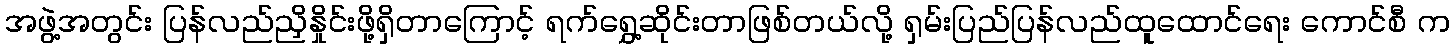
အဖွဲ့အတွင်း ပြန်လည်ညှိနှိုင်းဖို့ရှိတာကြောင့် ရက်ရွှေ့ဆိုင်းတာဖြစ်တယ်လို့ ရှမ်းပြည်ပြန်လည်ထူထောင်ရေး ကောင်စီ က